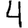
Digit: 4